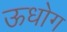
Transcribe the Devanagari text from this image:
ऊधोग